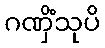
ဂဏှိံသုပိ